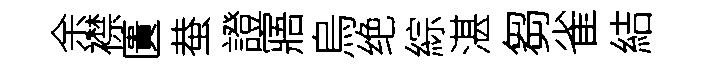
余襟匱蛬證寤烏绝綜湛芻雀結